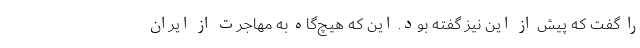
را گفت که پیش از این نیز گفته بود. این که هیچ‌گاه به مهاجرت از ایران